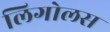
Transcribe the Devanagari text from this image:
लिगोलस